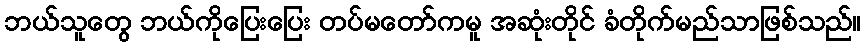
ဘယ်သူတွေ ဘယ်ကိုပြေးပြေး တပ်မတော်ကမူ အဆုံးတိုင် ခံတိုက်မည်သာဖြစ်သည်။